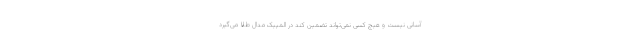
آسانی نیست و هیچ کسی نمی‌تواند تضمین کند در المپیک مدال طلا می‌گیرد